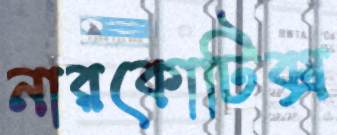
নারকোটিক্স